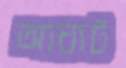
আঘাট